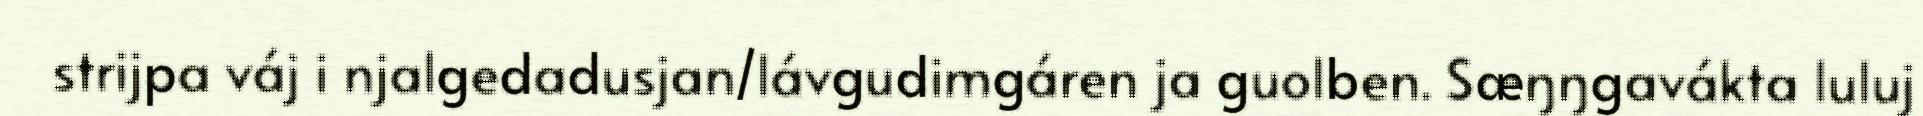
strijpa váj i njalgedadusjan/lávgudimgáren ja guolben. Sæŋŋgavákta luluj